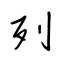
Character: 列